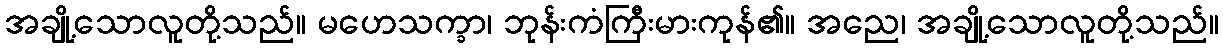
အချို့သောလူတို့သည်။ မဟေသက္ခာ၊ ဘုန်းကံကြီးမားကုန်၏။ အညေ၊ အချို့သောလူတို့သည်။